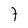
Character: 7